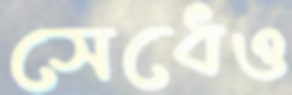
সেধেও